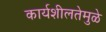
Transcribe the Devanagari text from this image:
कार्यशीलतेमुळे